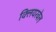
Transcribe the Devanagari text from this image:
क्लियरवेल